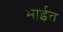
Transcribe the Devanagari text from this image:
भाईत